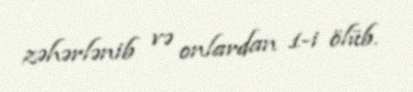
zəhərlənib və onlardan 1-i ölüb.